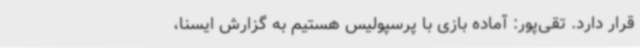
قرار دارد. تقی‌پور: آماده بازی با پرسپولیس هستیم به گزارش ایسنا،